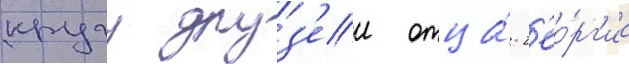
кругу друз'еи отца́ г'ео́рг'иа